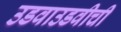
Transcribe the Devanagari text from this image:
उडवाउडवीची